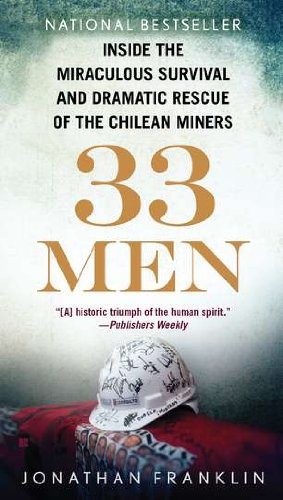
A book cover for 33 Men: Inside the Miraculous Survival and Dramatic Rescue of the Chilean Miners; Jonathan Franklin; Biographies & Memoirs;